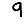
Digit: 9